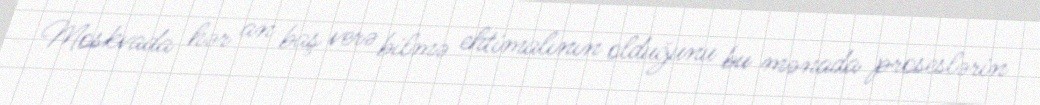
Moskvada hər an baş verə bilmə ehtimalının olduğunu bu mənada proseslərin